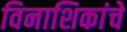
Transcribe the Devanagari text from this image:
विनाशिकांचे